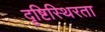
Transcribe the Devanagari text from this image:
दृष्टिस्थिरता